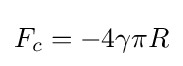
F_{c}=-4\gamma \pi R